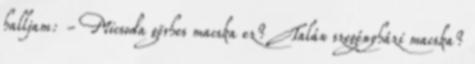
halljam: - Micsoda görhes macska ez? Talán szegényházi macska?